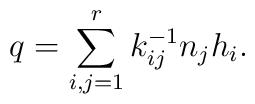
q = \sum_{i,j = 1}^r k^{-1}_{ij} n_j h_i.